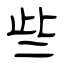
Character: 些